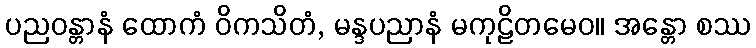
ပညဝန္တာနံ ထောကံ ဝိကသိတံ, မန္ဒပညာနံ မကုဠိတမေဝ။ အန္တော စဿ